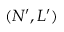
( N ^ { \prime } , L ^ { \prime } )